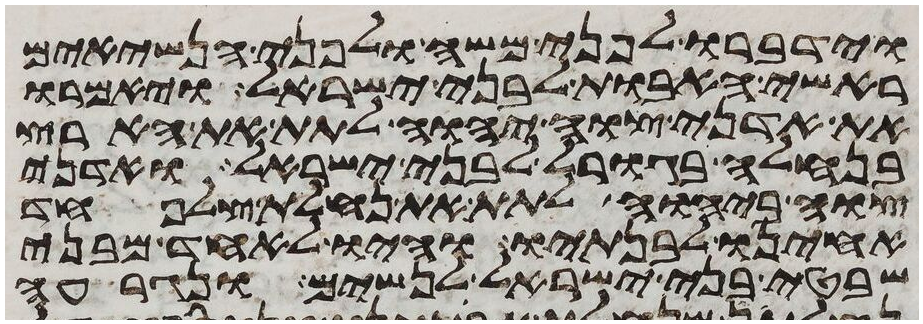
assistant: וידברו לפני משה ולפני הנשיאים
ראשי האבות לבני ישראל ויאמרו
את אדני צוה יהוה לתת את הארץ
בנחלה בגורל לבני ישראל ואדני
צוה ביהוה לתת את נחלת צלפחד
אחינו לבנתיו והיו לאחד מבני
שבטי בני ישראל לנשים ונגרעה